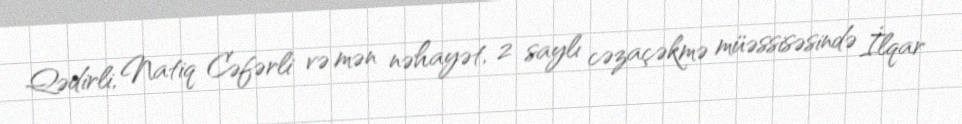
Qədirli, Natiq Cəfərli və mən nəhayət, 2 saylı cəzaçəkmə müəssisəsində İlqar